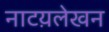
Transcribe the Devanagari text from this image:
नाटय़लेखन